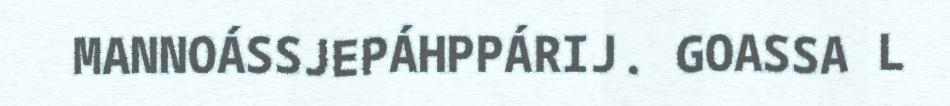
MANNOÁSSJEPÁHPPÁRIJ. GOASSA L